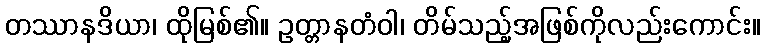
တဿာနဒိယာ၊ ထိုမြစ်၏။ ဥတ္တာနတံဝါ၊ တိမ်သည့်အဖြစ်ကိုလည်းကောင်း။